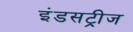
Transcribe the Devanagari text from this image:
इंडसट्रीज